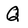
Character: Q